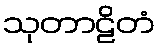
သုတာဠိတံ